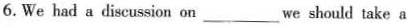
6. We had a discussion on ___ we should take a